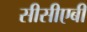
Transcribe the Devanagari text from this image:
सीसीएबी